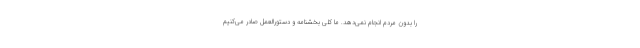
را بدون مردم انجام نمی‌دهد. ما کلی بخشنامه و دستورالعمل صادر می‌کنیم